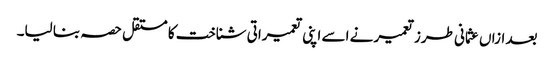
بعد ازاں عثمانی طرز تعمیر نے اسے اپنی تعمیراتی شناخت کا مستقل حصہ بنا لیا۔